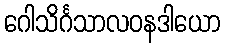
ဂေါသိင်္ဂသာလဝနဒါယော